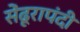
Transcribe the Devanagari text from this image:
सेंढूरापंदी